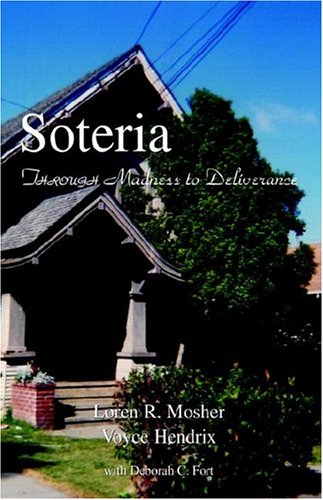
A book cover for Soteria: Through Madness to Deliverance; Loren R. Mosher; Health, Fitness & Dieting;